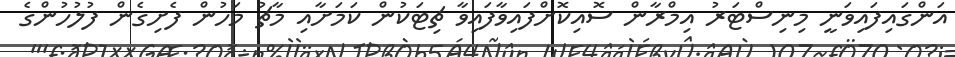
އަންގައިފައިވަނީ މިނިސްޓަރު އިމްރާން ސޮއިކޮށްފައިވާފައިވާ ޗިޓަކުން ކަމަށާއި މާޗު މަހުން ފެށިގެން ފުލުހުންގެ